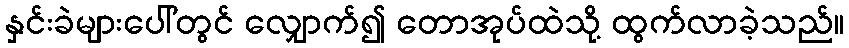
နှင်းခဲများပေါ်တွင် လျှောက်၍ တောအုပ်ထဲသို့ ထွက်လာခဲ့သည်။